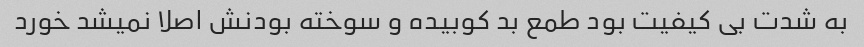
به شدت بی کیفیت بود طمع بد کوبیده و سوخته بودنش اصلا نمیشد خورد